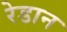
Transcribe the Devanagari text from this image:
रेडान